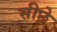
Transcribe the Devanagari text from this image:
सीछे